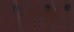
ગમાવા